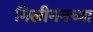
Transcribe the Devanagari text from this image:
गिलीगनच्या